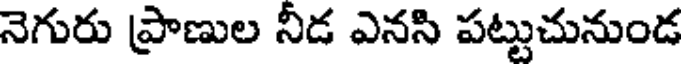
నెగురు ప్రాణుల నీడ ఎనసి పట్టుచునుండ